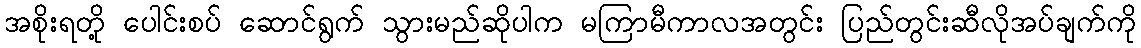
အစိုးရတို့ ပေါင်းစပ် ဆောင်ရွက် သွားမည်ဆိုပါက မကြာမီကာလအတွင်း ပြည်တွင်းဆီလိုအပ်ချက်ကို